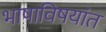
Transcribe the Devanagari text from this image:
भाषाविषयांत